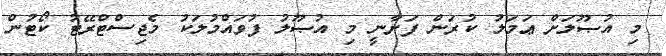
މި އުޞޫލަށް ޢަމަލު ކުރަން ފަށާނީ މި އުޞޫލު ފުވައްމުލަކު މެޖިސްޓްރޭޓު ކޯޓުން